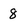
Character: 8